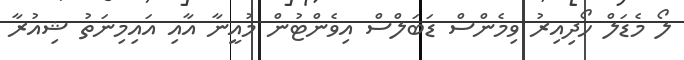
ލޯ މެޑަލް ހޯދިއިރު ވިމެންސް ޑަބަލްސް އިވެންޓުން މުއީނާ އާއި އައިމިނަތު ޝިއުރާ